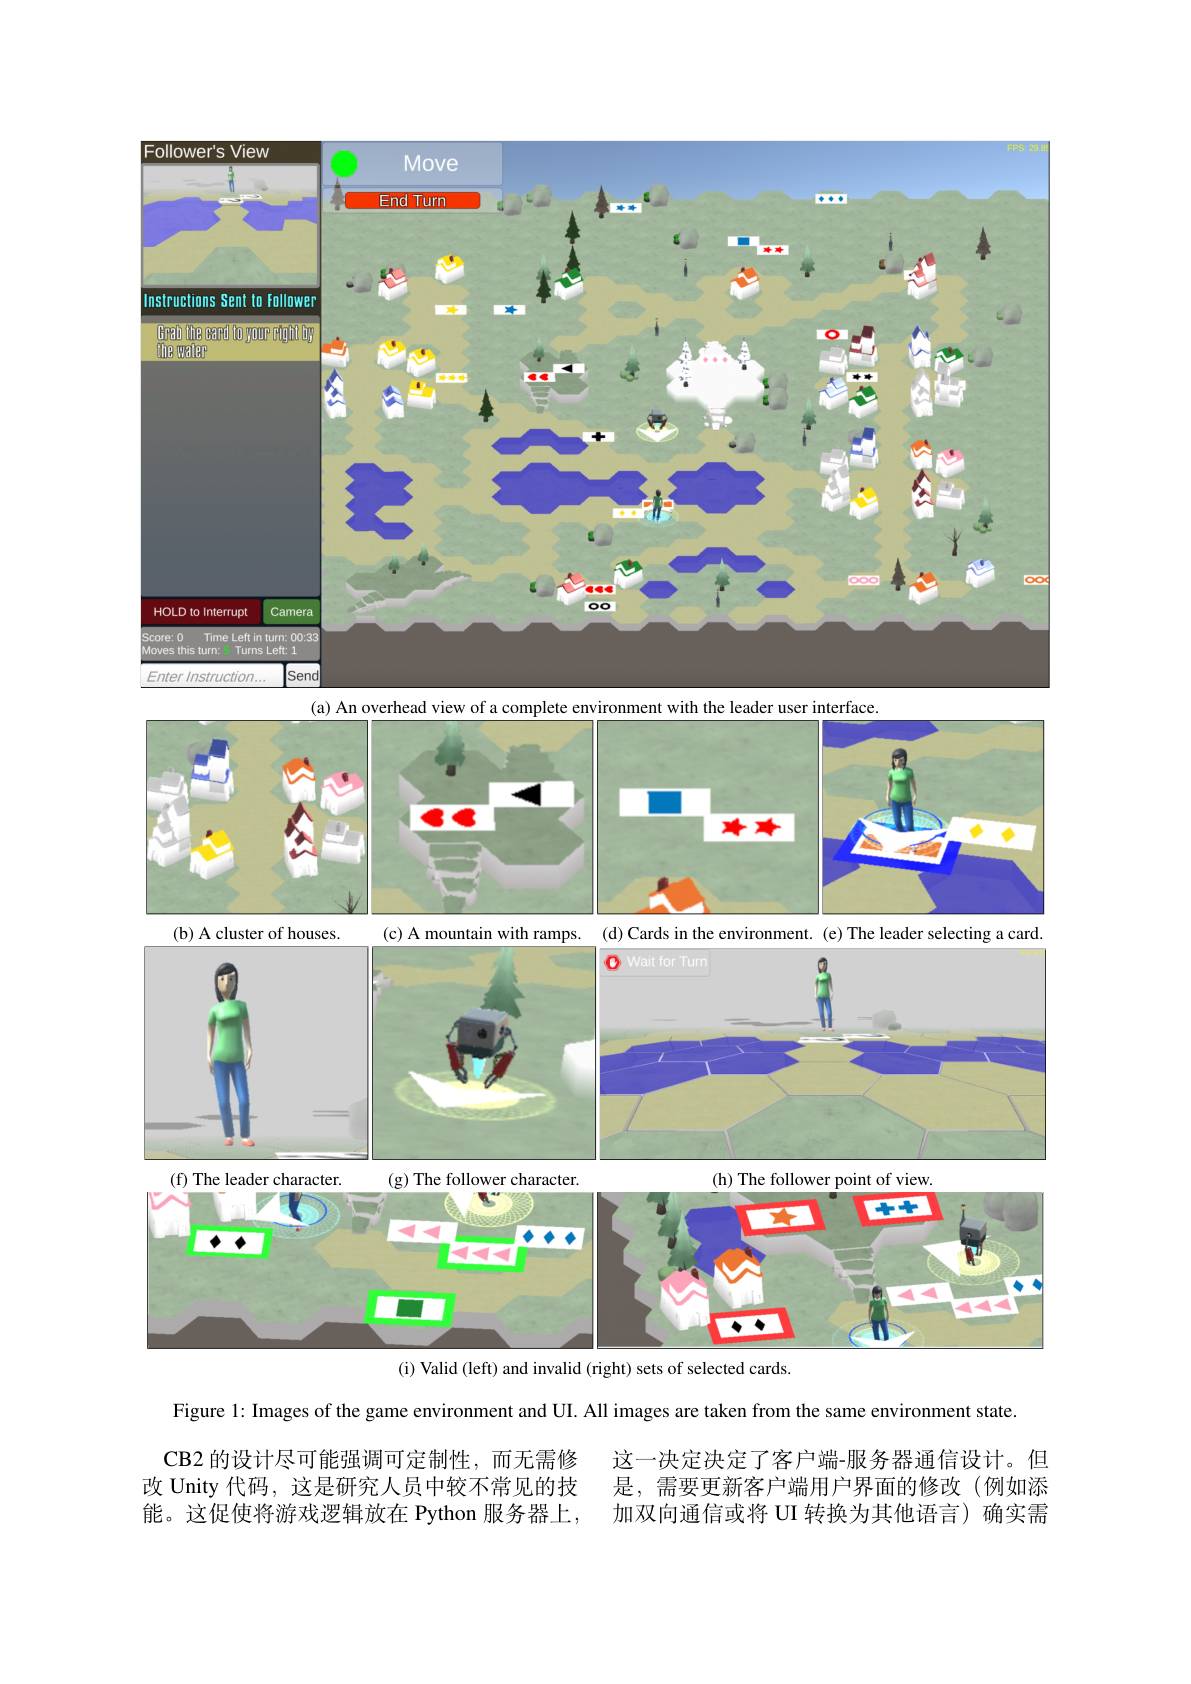
<FigureHere>

Figure 1: Images of the game environment and UI. All images are taken from the same environment state.

CB2的设计尽可能强调可定制性，而无需修改 Unity 代码，这是研究人员中较不常见的技能。这促使将游戏逻辑放在 Python 服务器上，

这一决定决定了客户端-服务器通信设计。但是，需要更新客户端用户界面的修改(例如添加双向通信或将 UI 转换为其他语言)确实需